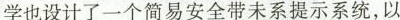
学也设计了一个简易安全带未系提示系统，以